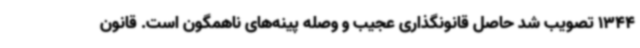
1344 تصویب شد حاصل قانونگذاری عجیب و وصله پینه‌های ناهمگون است. قانون